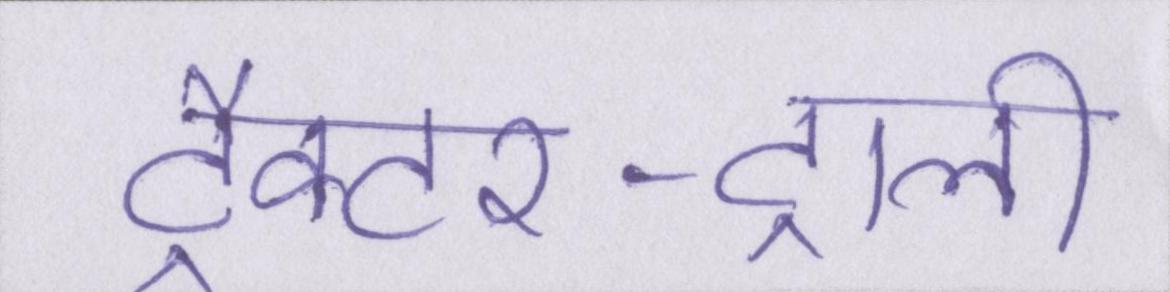
ट्रैक्टर-ट्राली